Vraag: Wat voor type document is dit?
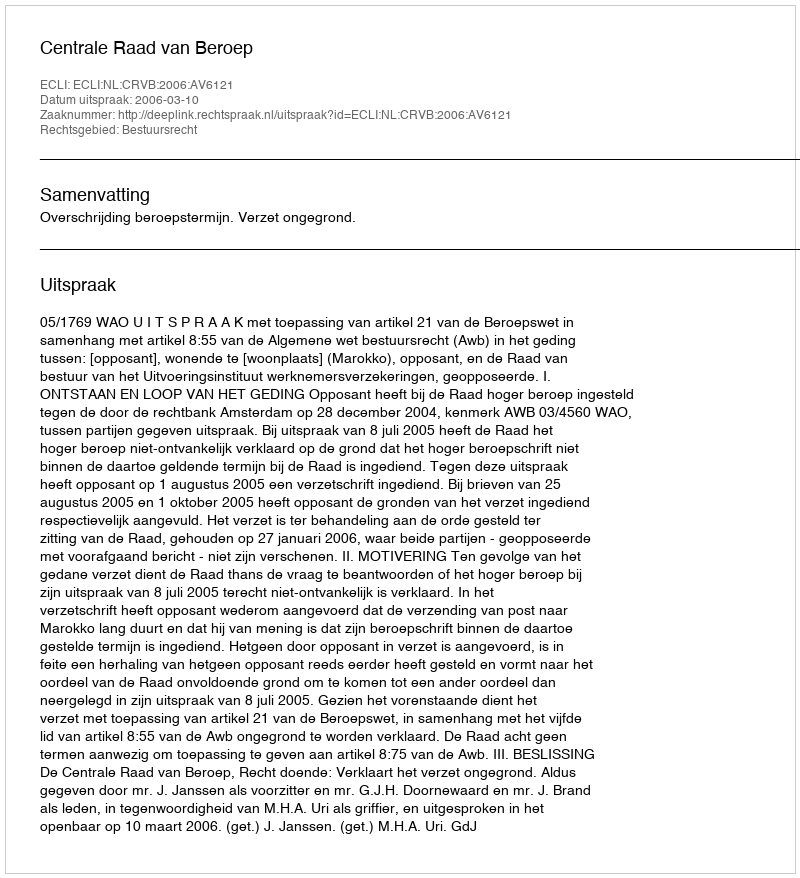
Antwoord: Uitspraak